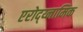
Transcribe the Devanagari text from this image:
एरोद्य्नामिक